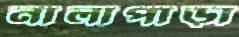
নালাপাড়া